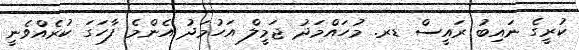
ކުރީގެ ނައިބު ރައީސް ޑރ. މުހައްމަދު ޖަމީލް އަހުމަދު އެންމެ ފާހަގަ ކުރެއްވެނީ